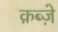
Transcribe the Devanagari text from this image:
क़ब्जे़